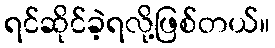
ရင်ဆိုင်ခဲ့ရလို့ဖြစ်တယ်။